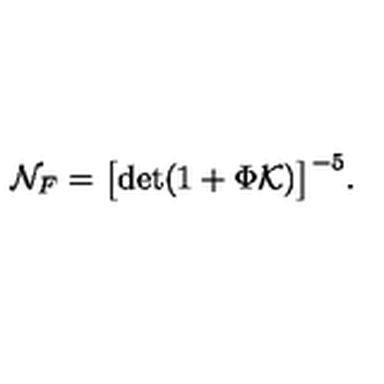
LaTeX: { \cal N } _ { F } = \bigl [ \mathrm { d e t } ( 1 + \Phi { \cal K } ) \bigr ] ^ { - 5 } .